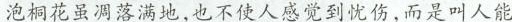
泡桐花虽凋落满地,也不使人感觉到忧伤,而是叫人能